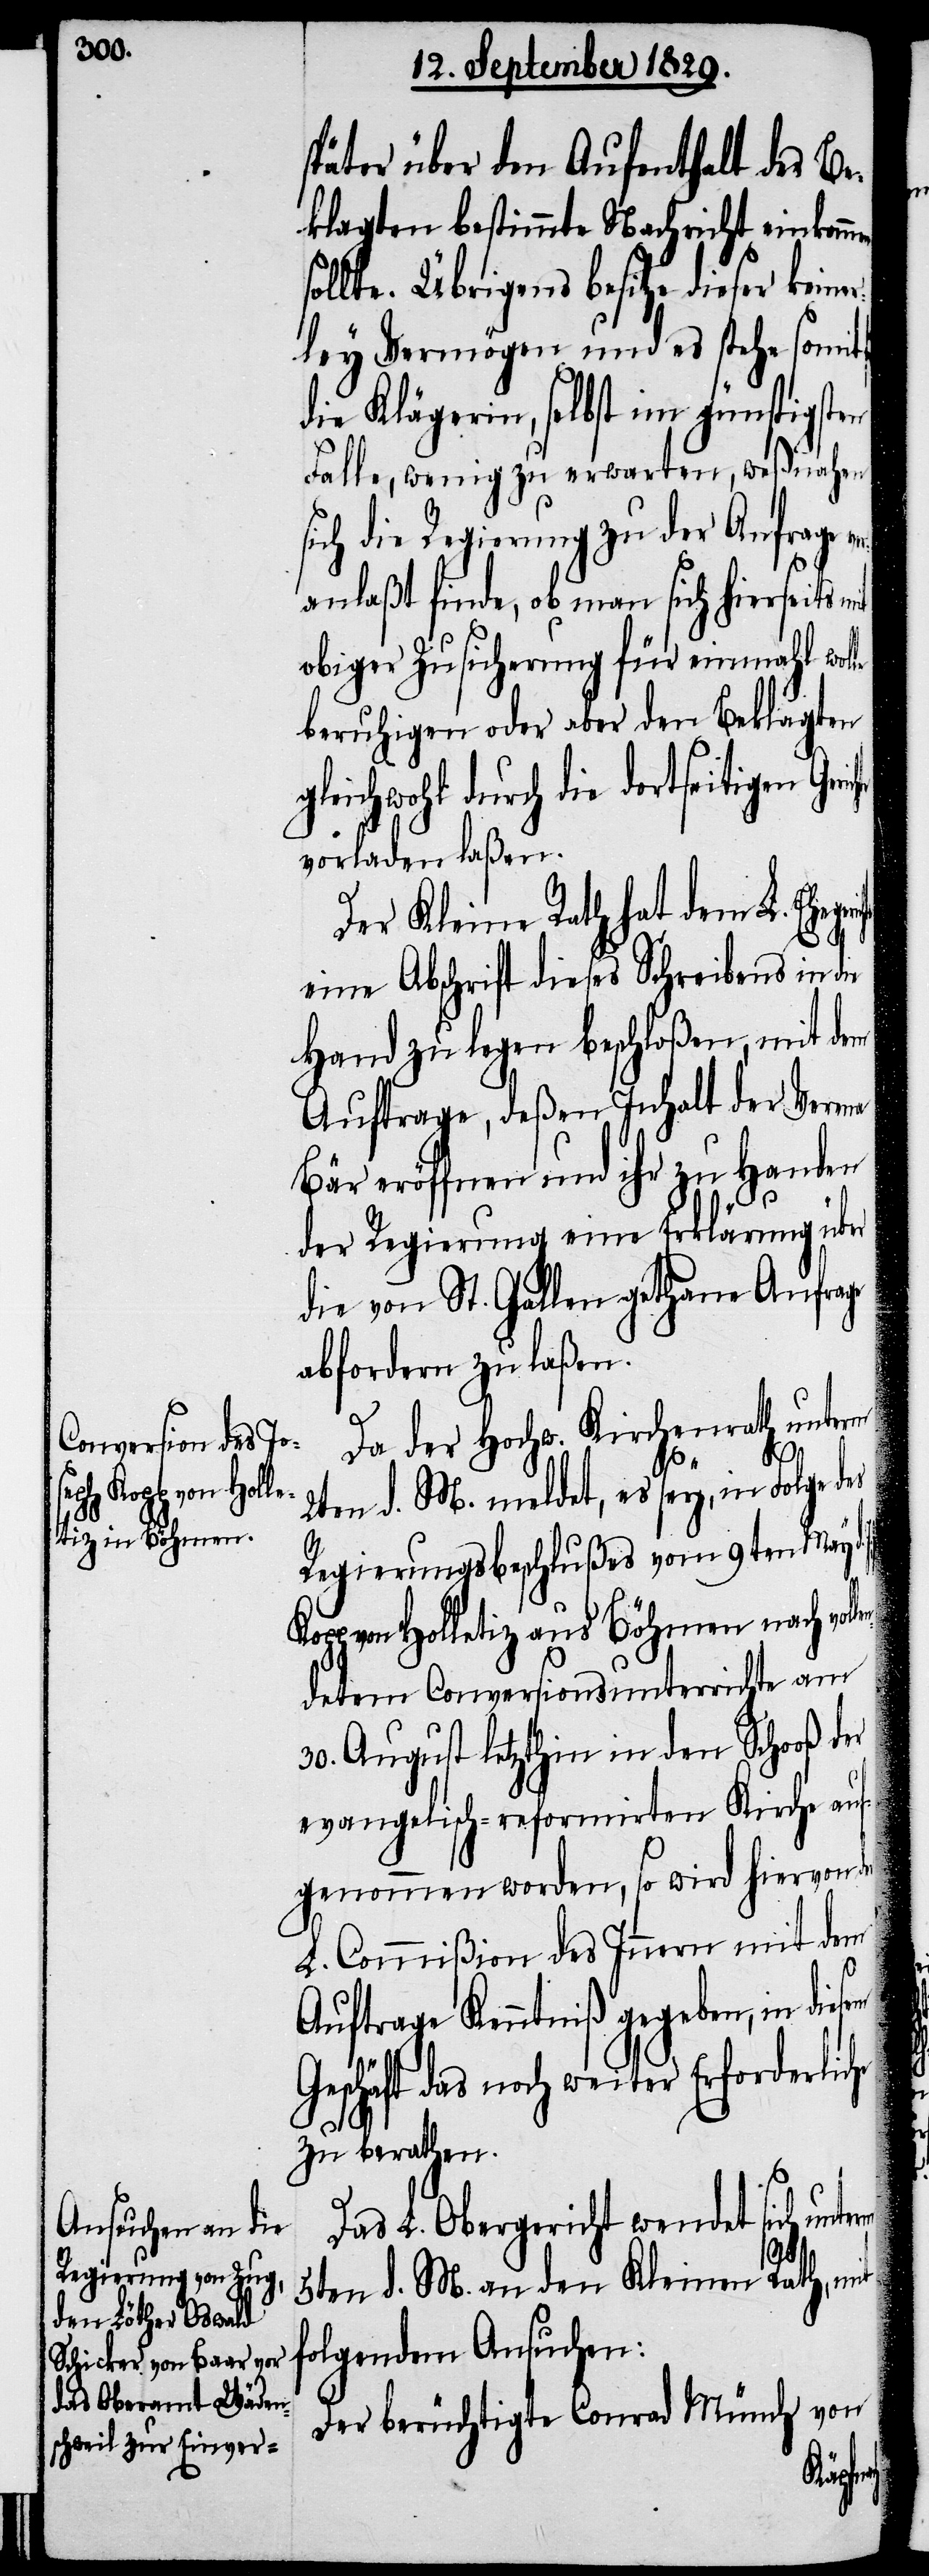
später über den Aufenthalt des Be¬
klagten bestimmten Nachricht einkomm¬
sollte. Übrigens besitze diese keine¬
rley Vermögen und es stehe somit
die Klägerin, selbst im günstigsten
Falle, wenig zu erwarten, weßnahen
ich die Regierung zu der Anfrage
anlaßt finde, ob man sich hierseits m¬
obiger Zusicherung für einmahl wol¬
beruhigen oder aber den Beklagten
gleichwohl durch die dortseitigen Ge¬
vorladen laßen.
Der Kleine Rath hat dem L. Ehe¬
eine Abschrift dieses Schreibens in die
Hand zu legen beschloßen, mit dem
Auftrage, deßen Inhalt der Verena
Bär eröffnen und ihr zu Handen
der Regierung eine Erklärung über
die von St. Gallen gethane Anfrage
abfordern zu laßen.
Da der Hochw. Kirchenrath unterm
it
2ten d. M. meldet, es sey, in Folge des
Regierungsbeschlußes vom 9ten May d.
Kopp von Holletiz aus Böhmen nach vol¬
detem Conversionsunterrichte am
30. August letzthin in den Schooß der
evangelisch-reformirten Kirche auf¬
genommen worden, so wird hiervon der
L. Commißion des Innern mit dem
Auftrage Kenntniß gegeben, in die¬
Geschäft das noch weiter Erforderliche
zu berathen.
Das L. Obergericht wendet sich unte¬
chte
5ten d. M. an den Kleinen Rath, mit
folgendem Ansuchen:
Der berüchtigte Conrad Münch von
geri¬

J.

rm